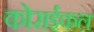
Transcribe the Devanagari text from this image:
कोराईकल